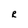
Character: R